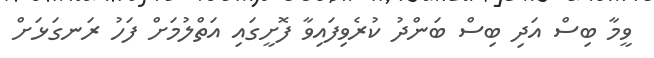
ވީމާ ބިސް އަދި ބިސް ބަންދު ކުރެވިފައިވާ ފޮށީގައި އަތްލުމަށް ފަހު ރަނގަޅަށް